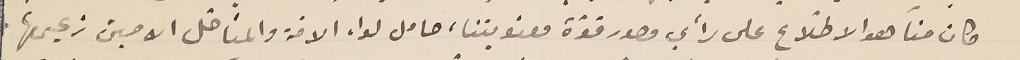
كان منّا هو الاطّلاع على رأي مصدر قوّة معنويتنا، حامل لواء الامّة والمناضل الامين زعيمها